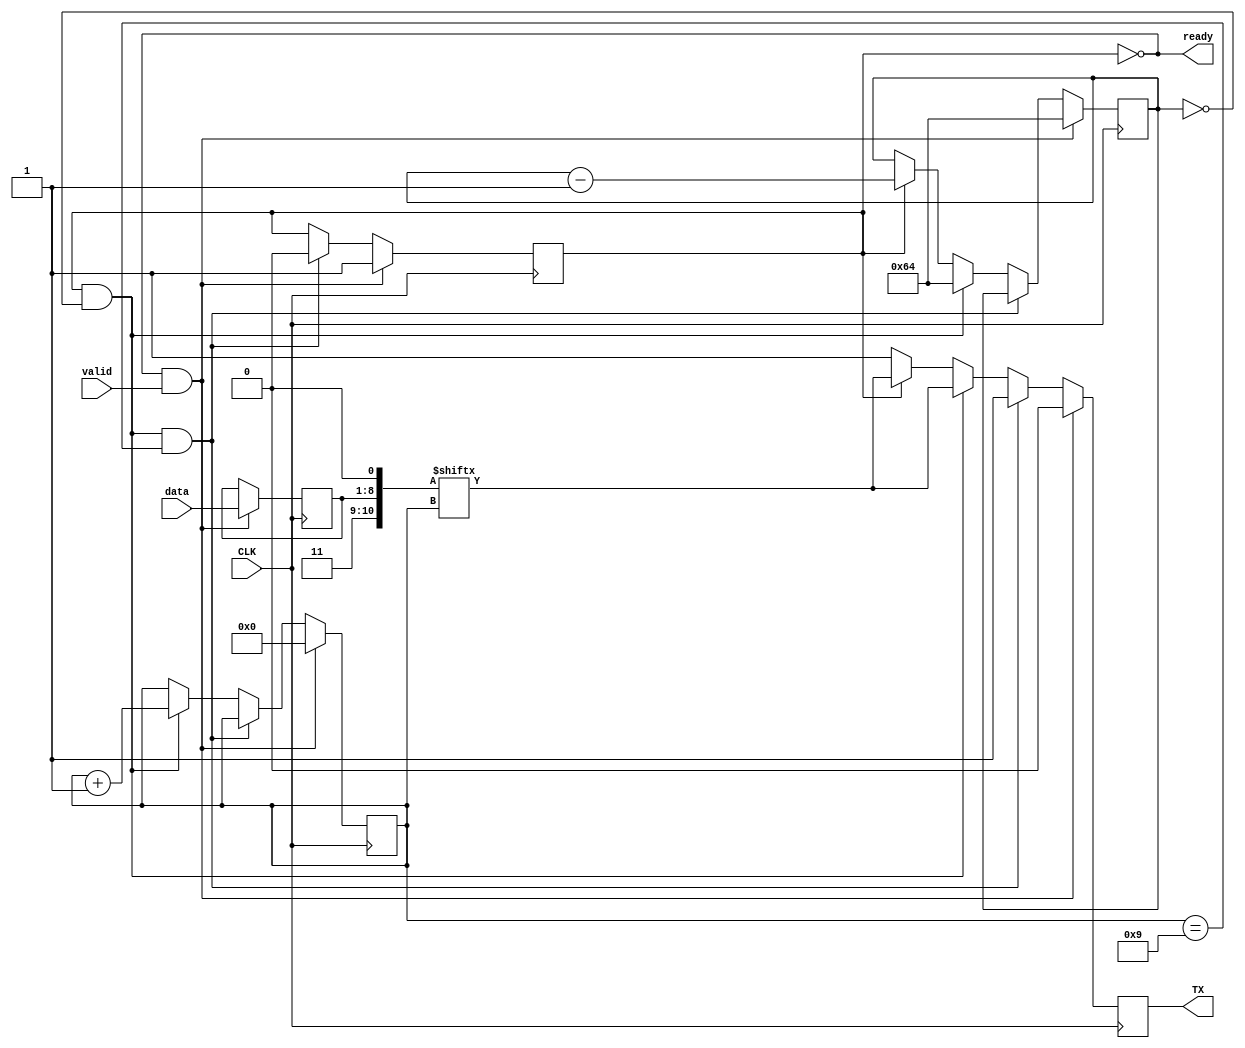
// This program was cloned from: https://github.com/jameshegarty/rigel
// License: MIT License

module TXMOD(
  output TX,
  input CLK,
  input [7:0] data,
  input valid,
  output ready);

reg TXReg = 1;
assign TX = TXReg;

reg [10:0] dataStore = 1536; // MSB=1, LSB=0
reg writing = 0;
assign ready = (writing==0);

reg [13:0] writeClock = 0; // which cycle are we in?
reg [3:0] writeBit = 0; // which bit are we writing? (10 bits total)

always @(posedge CLK) begin
  if(writing==0 && valid==1) begin
    writing <= 1;
    dataStore[8:1] <= data;
    writeClock <= 100;
    writeBit <= 0;
    TXReg <= dataStore[0];
  end else if(writing==1 && writeClock==0 && writeBit==9) begin
    // we're done
    TXReg <= 1;
    writing <= 0;
  end else if(writing==1 && writeClock==0) begin
    // move on to next bit
    TXReg <= dataStore[writeBit];
    writeBit <= writeBit+1;
    writeClock <= 100;
  end else if(writing==1) begin
    TXReg <= dataStore[writeBit];
    writeClock <= writeClock - 1;
  end else begin
    TXReg <= 1;
  end 

end

endmodule